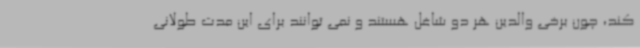
کند، چون برخی والدین هر دو شاغل هستند و نمی توانند برای این مدت طولانی